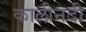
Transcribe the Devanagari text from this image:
कालीनदी